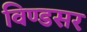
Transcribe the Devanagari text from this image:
विण्डसर